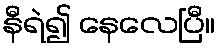
နီရဲ၍ နေလေပြီ။